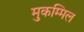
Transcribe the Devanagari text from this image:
मुकम्मिल